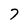
Character: 7